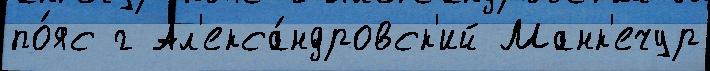
по́яс г Ал'екса́ндровск'ий Манк'ечур